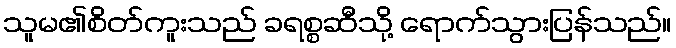
သူမ၏စိတ်ကူးသည် ခရစ္စဆီသို့ ရောက်သွားပြန်သည်။